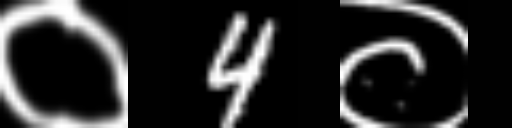
Text: ०4०